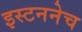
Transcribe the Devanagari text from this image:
इस्टननेच